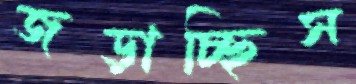
জড়াচ্ছিস